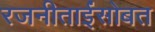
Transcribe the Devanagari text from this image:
रजनीताईंसोबत